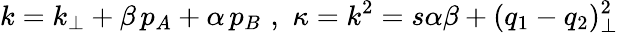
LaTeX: k=k_{\perp}+\beta\, p_{A}+\alpha\, p_{B}\, \, ,\, \, \kappa=k^{2}=s\alpha\beta+(q_{1}-q_{2})_{\perp}^{2}